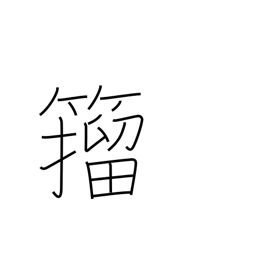
Meaning: a style of calligraphy